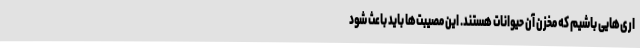
اری‌هایی باشیم که مخزن آن حیوانات هستند. این مصیبت‌ها باید باعث شود